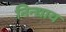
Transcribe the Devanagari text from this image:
निन्द्याय